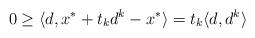
LaTeX: \begin{align*}0\ge\langle d,x^*+t_kd^k-x^*\rangle=t_k\langle d,d^k\rangle\end{align*}